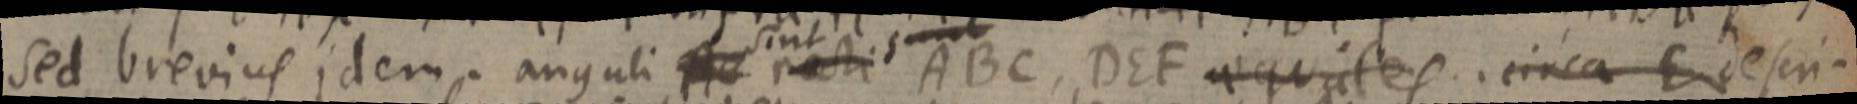
sed brevius idem. anguli _ sint recti ABC, DEF aequales. circa E desin–